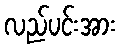
လည်ပင်းအား